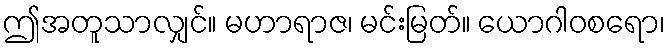
ဤအတူသာလျှင်။ မဟာရာဇ၊ မင်းမြတ်။ ယောဂါဝစရော၊